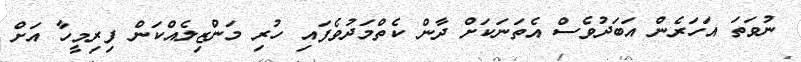
ނުވަތަ އަހަރެން އަބަދުވެސް އެތަނަކަށް ދާން ކެތްމަދުވެފައި ހުރި މަންޒިލެއްކަން ފިރިމީހާ އަށް